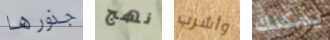
جذورها نهج وأشرب يمكنك